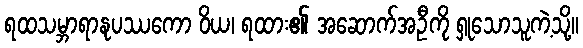
ရထသမ္ဘာရာနုပဿကော ဝိယ၊ ရထား၏ အဆောက်အဦကို ရှုသောသူကဲ့သို့။